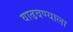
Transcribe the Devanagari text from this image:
वाढवण्याला